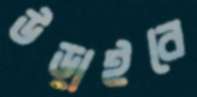
উড়াইবে